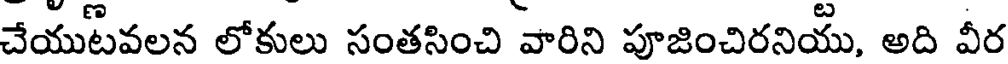
చేయుటవలన లోకులు సంతసించి వారిని పూజించిరనియు, అది వీర